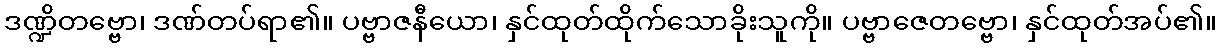
ဒဏ္ဍိတဗ္ဗော၊ ဒဏ်တပ်ရာ၏။ ပဗ္ဗာဇနီယော၊ နှင်ထုတ်ထိုက်သောခိုးသူကို။ ပဗ္ဗာဇေတဗ္ဗော၊ နှင်ထုတ်အပ်၏။